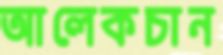
আলেকচান